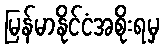
မြန်မာနိုင်ငံအစိုးရမှ